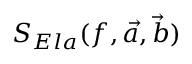
S _ { E l a } ( f , \vec { a } , \vec { b } )